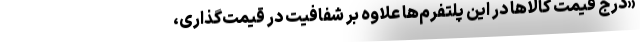
«درج قیمت کالا‌ها در این پلتفرم‌ها علاوه بر شفافیت در قیمت‌گذاری،